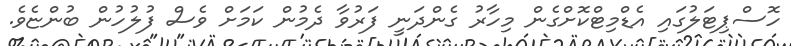
ހޮސްޕިޓަލުގައި އެޑްމިޓްކޮށްގެން މިހާރު ގެންދަނީ ފަރުވާ ދެމުން ކަމަށް ވެސް ފުލުހުން ބުންޏެވެ.